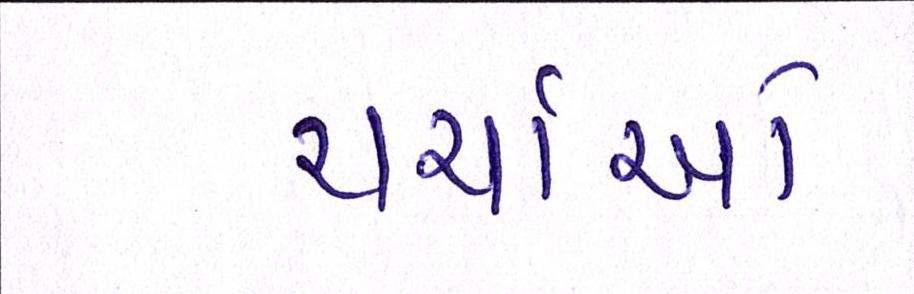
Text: ચર્ચાઓ